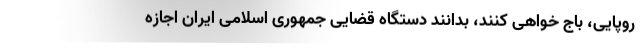
روپایی، باج خواهی کنند، بدانند دستگاه قضایی جمهوری اسلامی ایران اجازه